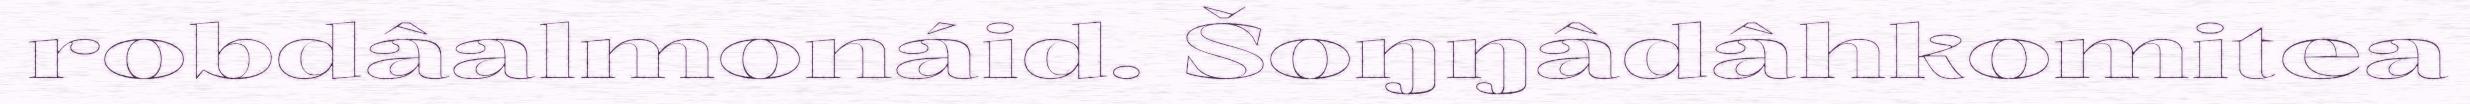
robdâalmonáid. Šoŋŋâdâhkomitea